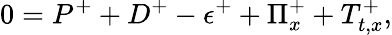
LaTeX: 0=P^{+}+D^{+}-\epsilon^{+}+\Pi_{x}^{+}+T_{t,x}^{+},